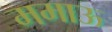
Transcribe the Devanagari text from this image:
ममाऊ